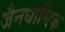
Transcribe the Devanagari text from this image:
जैनधार्मिक